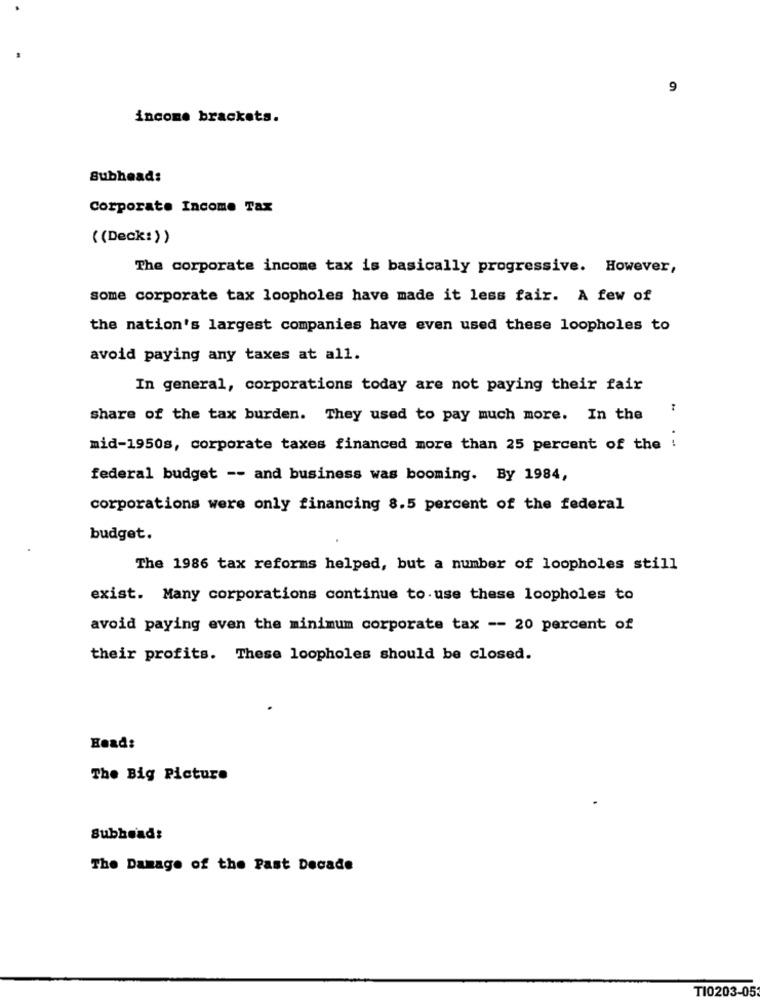
9
income brackets.
Subhead:
Corporate Income Tax
((Deck:))
The corporate income tax is basically progressive. However,
some corporate tax loopholes have made it less fair. A few of
the nation's largest companies have even used these loopholes to
avoid paying any taxes at all.
In general, corporations today are not paying their fair
share of the tax burden. They used to pay much more. In the
mid-1950s, corporate taxes financed more than 25 percent of the !
federal budget -- and business was booming. By 1984,
corporations were only financing 8.5 percent of the federal
budget.
The 1986 tax reforms helped, but a number of loopholes still
exist. Many corporations continue to use these loopholes to
avoid paying even the minimum corporate tax -- 20 percent of
their profits. These loopholes should be closed.
Head:
The Big Picture
Subhead:
The Damage of the Past Decade
TI0203-05